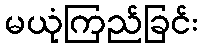
မယုံကြည်ခြင်း